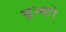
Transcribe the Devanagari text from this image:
ब्रन्को